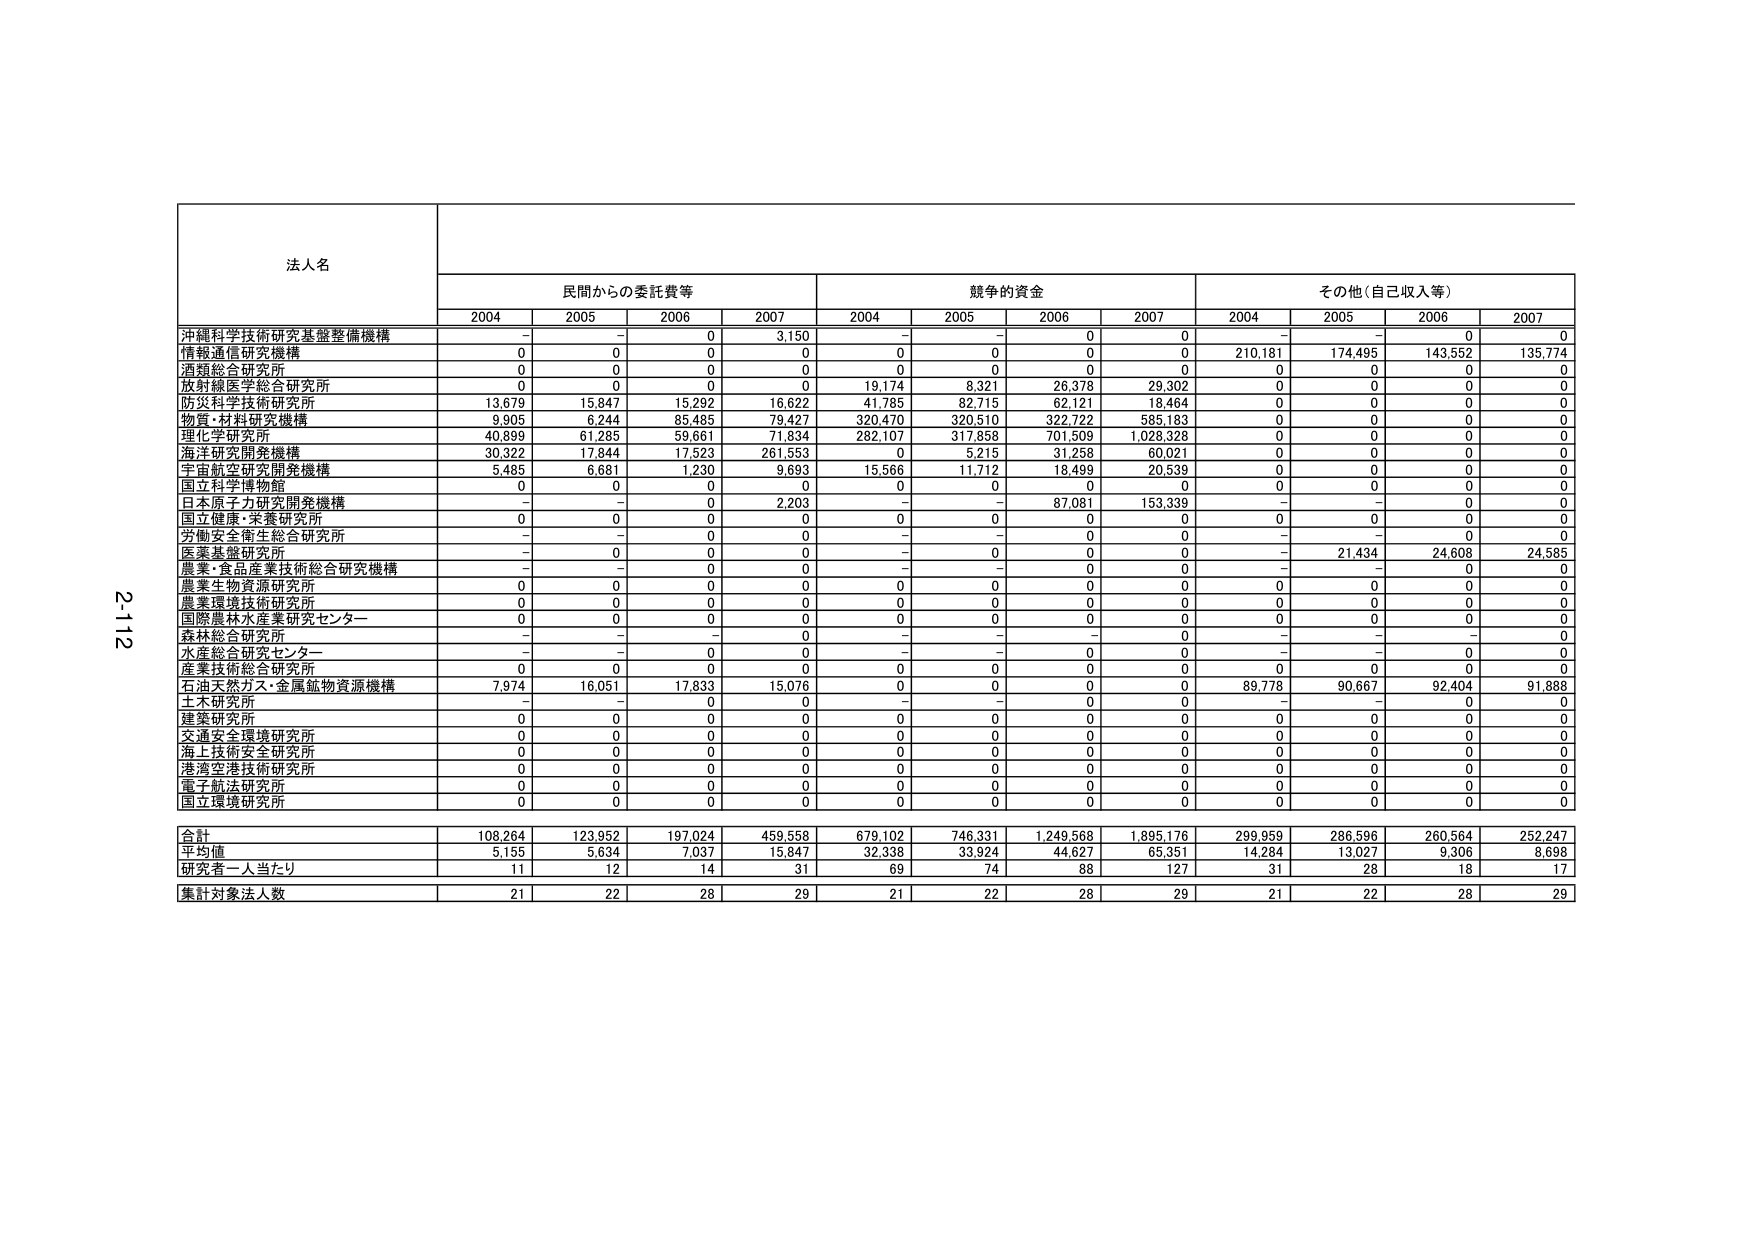
法人名
民間からの委託費等
競争的資金
その他（自己収入等）
2004
2005
2006
2007
2004
2005
2006
2007
2004
2005
2006
2007
沖縄科学技術研究基盤整備機構
-
-
0
3,150
-
-
0
0
-
-
0
0
情報通信研究機構
0
0
0
0
0
0
0
0
210,181
174,495
143,552
135,774
酒類総合研究所
0
0
0
0
0
0
0
0
0
0
0
0
放射線医学総合研究所
0
0
0
0
19,174
8,321
26,378
29,302
0
0
0
0
防災科学技術研究所
13,679
15,847
15,292
16,622
41,785
82,715
62,121
18,464
0
0
0
0
物質・材料研究機構
9,905
6,244
85,485
79,427
320,470
320,510
322,722
585,183
0
0
0
0
理化学研究所
40,899
61,285
59,661
71,834
282,107
317,858
701,509
1,028,328
0
0
0
0
海洋研究開発機構
30,322
17,844
17,523
261,553
0
5,215
31,258
60,021
0
0
0
0
宇宙航空研究開発機構
5,485
6,681
1,230
9,693
15,566
11,712
18,499
20,539
0
0
0
0
国立科学博物館
0
0
0
0
0
0
0
0
0
0
0
0
日本原子力研究開発機構
-
-
0
2,203
-
-
87,081
153,339
-
-
0
0
国立健康・栄養研究所
0
0
0
0
0
0
0
0
0
0
0
0
労働安全衛生総合研究所
-
-
0
0
-
-
0
0
-
-
0
0
医薬基盤研究所
-
0
0
0
-
0
0
0
-
21,434
24,608
24,585
農業・食品産業技術総合研究機構
-
-
0
0
-
-
0
0
-
-
0
0
農業生物資源研究所
0
0
0
0
0
0
0
0
0
0
0
0
農業環境技術研究所
0
0
0
0
0
0
0
0
0
0
0
0
国際農林水産業研究センター
0
0
0
0
0
0
0
0
0
0
0
0
森林総合研究所
-
-
-
0
-
-
-
0
-
-
-
0
水産総合研究センター
-
-
0
0
-
-
0
0
-
-
0
0
産業技術総合研究所
0
0
0
0
0
0
0
0
0
0
0
0
石油天然ガス・金属鉱物資源機構
7,974
16,051
17,833
15,076
0
0
0
0
89,778
90,667
92,404
91,888
土木研究所
-
-
0
0
-
-
0
0
-
-
0
0
建築研究所
0
0
0
0
0
0
0
0
0
0
0
0
交通安全環境研究所
0
0
0
0
0
0
0
0
0
0
0
0
海上技術安全研究所
0
0
0
0
0
0
0
0
0
0
0
0
港湾空港技術研究所
0
0
0
0
0
0
0
0
0
0
0
0
電子航法研究所
0
0
0
0
0
0
0
0
0
0
0
0
国立環境研究所
0
0
0
0
0
0
0
0
0
0
0
0
合計
108,264
123,952
197,024
459,558
679,102
746,331
1,249,568
1,895,176
299,959
286,596
260,564
252,247
平均値
5,155
5,634
7,037
15,847
32,338
33,924
44,627
65,351
14,284
13,027
9,306
8,698
研究者一人当たり
11
12
14
31
69
74
88
127
31
28
18
17
集計対象法人数
21
22
28
29
21
22
28
29
21
22
28
29
2-112